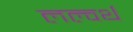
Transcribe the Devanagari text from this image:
लल्वर्थ